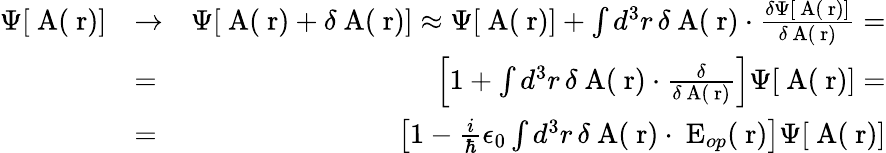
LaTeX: \begin{array}{rlr}{\Psi[\mathrm{\mathbf~A}(\mathrm{\mathbf~r})]}&{\to}&{\Psi[\mathrm{\mathbf~A}(\mathrm{\mathbf~r})+\delta\mathrm{\mathbf~A}(\mathrm{\mathbf~r})]\approx\Psi[\mathrm{\mathbf~A}(\mathrm{\mathbf~r})]+\int d^{3}r\, \delta\mathrm{\mathbf~A}(\mathrm{\mathbf~r})\cdot\frac{\delta\Psi[\mathrm{\mathbf~A}(\mathrm{\mathbf~r})]}{\delta\mathrm{\mathbf~A}(\mathrm{\mathbf~r})}=}\\ &{=}&{\left[1+\int d^{3}r\, \delta\mathrm{\mathbf~A}(\mathrm{\mathbf~r})\cdot\frac{\delta}{\delta\mathrm{\mathbf~A}(\mathrm{\mathbf~r})}\right]\Psi[\mathrm{\mathbf~A}(\mathrm{\mathbf~r})]=}\\ &{=}&{\left[1-\frac{i}{\hbar}\epsilon_{0}\int d^{3}r\, \delta\mathrm{\mathbf~A}(\mathrm{\mathbf~r})\cdot\mathrm{\mathbf~E}_{op}(\mathrm{\mathbf~r})\right]\Psi[\mathrm{\mathbf~A}(\mathrm{\mathbf~r})]}\end{array}